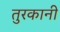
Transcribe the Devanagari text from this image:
तुरकानी